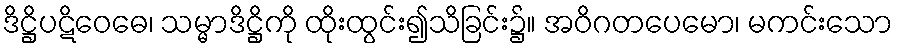
ဒိဋ္ဌိပဋိဝေဓေ၊ သမ္မာဒိဋ္ဌိကို ထိုးထွင်း၍သိခြင်း၌။ အဝိဂတပေမော၊ မကင်းသော